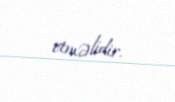
etməlidir.